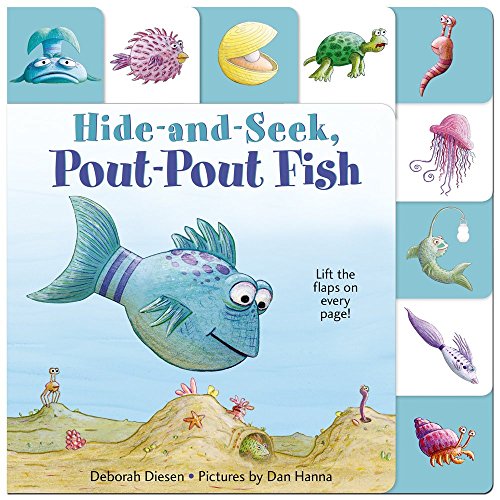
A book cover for Lift-the-Flap Tab: Hide-and-Seek, Pout-Pout Fish (A Pout-Pout Fish Adventure); Deborah Diesen; Children's Books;